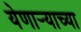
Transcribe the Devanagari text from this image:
येणार्‍याच्या